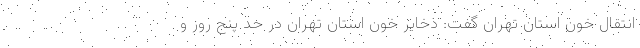
انتقال خون استان تهران گفت: ذخایر خون استان تهران در حد پنج روز و